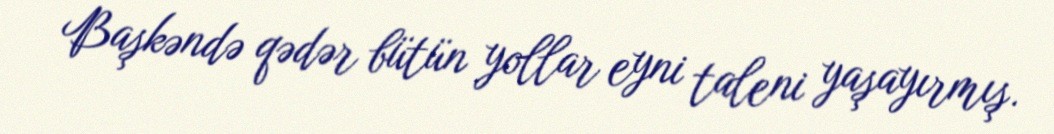
Başkəndə qədər bütün yollar eyni taleni yaşayırmış.